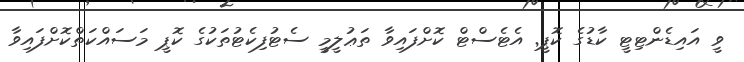
ވީ އައިޑެންޓިޓީ ކާޑުގެ ކޮޕީ